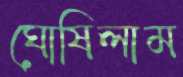
ঘোষিলাম